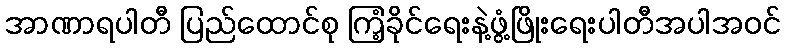
အာဏာရပါတီ ပြည်ထောင်စု ကြံ့ခိုင်ရေးနဲ့ဖွံ့ဖြိုးရေးပါတီအပါအဝင်